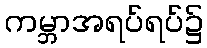
ကမ္ဘာအရပ်ရပ်၌